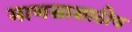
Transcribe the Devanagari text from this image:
माणसासाठीच